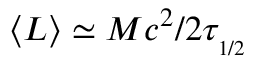
\langle L \rangle \simeq M c ^ { 2 } / 2 \tau _ { _ { 1 / 2 } }